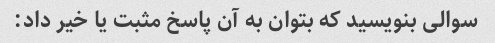
سوالی بنویسید که بتوان به آن پاسخ مثبت یا خیر داد: